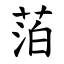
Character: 萡